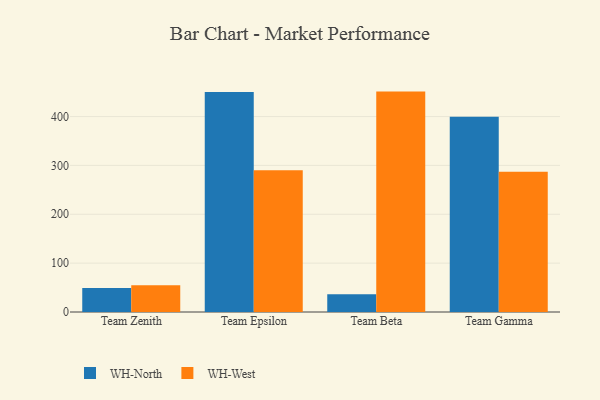
{"axis": {"x": "Team", "y": "Conversion Rate (%)"}, "legend": ["WH-North", "WH-West"], "data": [{"x": "Team Zenith", "y": 48.9, "type": "WH-North"}, {"x": "Team Zenith", "y": 54.8, "type": "WH-West"}, {"x": "Team Epsilon", "y": 450.4, "type": "WH-North"}, {"x": "Team Epsilon", "y": 290.0, "type": "WH-West"}, {"x": "Team Beta", "y": 36.1, "type": "WH-North"}, {"x": "Team Beta", "y": 451.1, "type": "WH-West"}, {"x": "Team Gamma", "y": 399.8, "type": "WH-North"}, {"x": "Team Gamma", "y": 287.2, "type": "WH-West"}]}